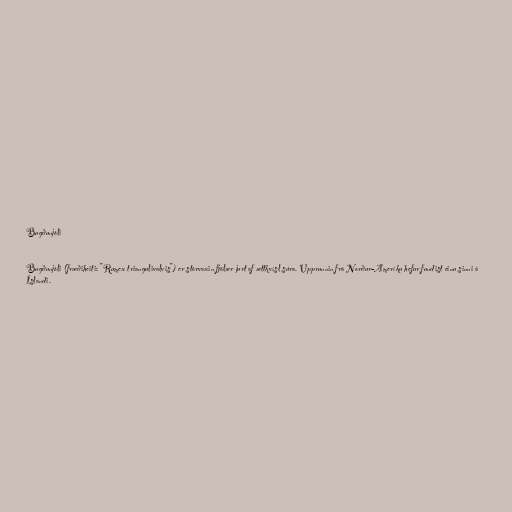
Bugðunjóli

Bugðunjóli (fræðiheiti: "Rumex triangulivalvis") er stórvaxin fjölær jurt af ættkvísl súra. Upprunnin frá Norður-Ameríku hefur fundist einu sinni á
Íslandi.